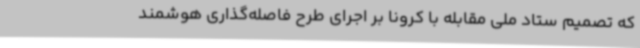
که تصمیم ستاد ملی مقابله با کرونا بر اجرای طرح فاصله‌گذاری هوشمند